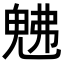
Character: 𭀯